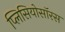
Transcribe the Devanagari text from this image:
प्लिसियोसॉरस